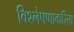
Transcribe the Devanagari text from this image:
विश्लेषणाकरिता